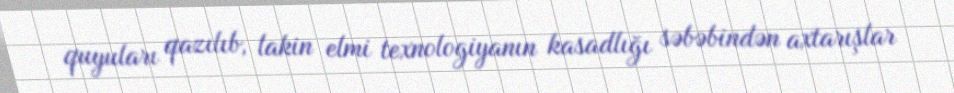
quyuları qazılıb, lakin elmi texnologiyanın kasadlığı səbəbindən axtarışlar